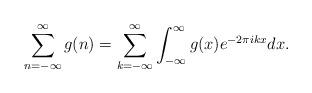
LaTeX: \begin{align*} \sum_{n=- \infty}^\infty g(n) = \sum_{k=- \infty}^\infty \int_{- \infty}^\infty g(x) e^{-2 \pi i k x} dx.\end{align*}